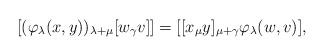
LaTeX: \begin{align*}[(\varphi_\lambda(x, y))_{\lambda+ \mu}[w_\gamma v]] = [[x_\mu y]_{\mu+ \gamma} \varphi_{\lambda}(w, v)],\end{align*}